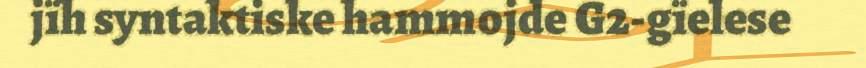
jïh syntaktiske hammojde G2-gïelese